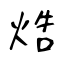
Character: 焅